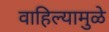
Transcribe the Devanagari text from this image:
वाहिल्यामुळे